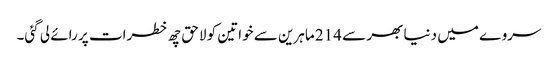
سروے میں دنیا بھر سے 214 ماہرین سے خواتین کو لاحق چھ خطرات پر رائے لی گئی۔